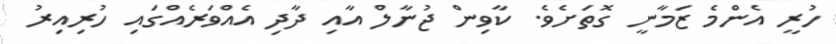
ހުރީ އެންމެ ޒަމާނީ ގޮތަށެވެ. ކާވިން ޖުނާލް އާއި ދާދި އެއްވަރެއްގައި ހުރިއިރު